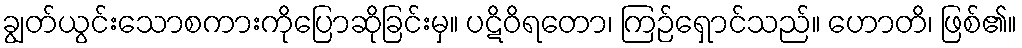
ချွတ်ယွင်းသောစကားကိုပြောဆိုခြင်းမှ။ ပဋိဝိရတော၊ ကြဉ်ရှောင်သည်။ ဟောတိ၊ ဖြစ်၏။